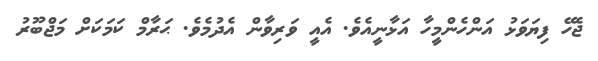
ޖެހޭ ފިޔަވަޅު އަންހެންމީހާ އަޅާނީއެވެ. އެއީ ވަރިވާން އެދުމެވެ. ޙަރާމް ކަމަކަށް މަޖްބޫރު